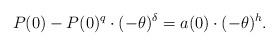
LaTeX: \begin{align*}P(0)-P(0)^q\cdot (-\theta)^{\delta}=a(0)\cdot (-\theta)^h.\end{align*}